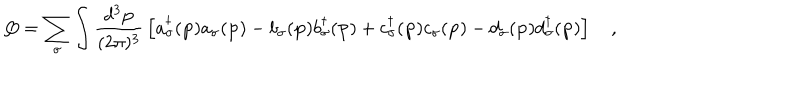
LaTeX: Q = \sum _ { \sigma } \int \frac { d ^ { 3 } { \bf p } } { ( 2 \pi ) ^ { 3 } } \, \left[ a _ { \sigma } ^ { \dagger } ( { \bf p } ) a _ { \sigma } ( { \bf p } ) - b _ { \sigma } ( { \bf p } ) b _ { \sigma } ^ { \dagger } ( { \bf p } ) + c _ { \sigma } ^ { \dagger } ( { \bf p } ) c _ { \sigma } ( { \bf p } ) - d _ { \sigma } ( { \bf p } ) d _ { \sigma } ^ { \dagger } ( { \bf p } ) \right] \quad ,